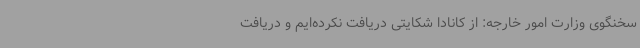
سخنگوی وزارت امور خارجه: از کانادا شکایتی دریافت نکرده‌ایم و دریافت